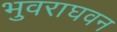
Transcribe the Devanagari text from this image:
भुवराघवन